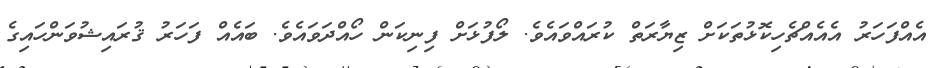
އެއްފަހަރު އެއެއްޗެހިކޮޅުތަކަށް ޒިޔާރަތް ކުރައްވައެވެ. ލޯފުޅަށް ފިނިކަން ހޯއްދަވައެވެ. ބައެއް ފަހަރު ޤުރައިޝުވަންހައިގެ